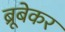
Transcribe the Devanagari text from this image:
ब्रूबेकर